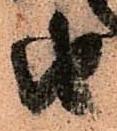
由